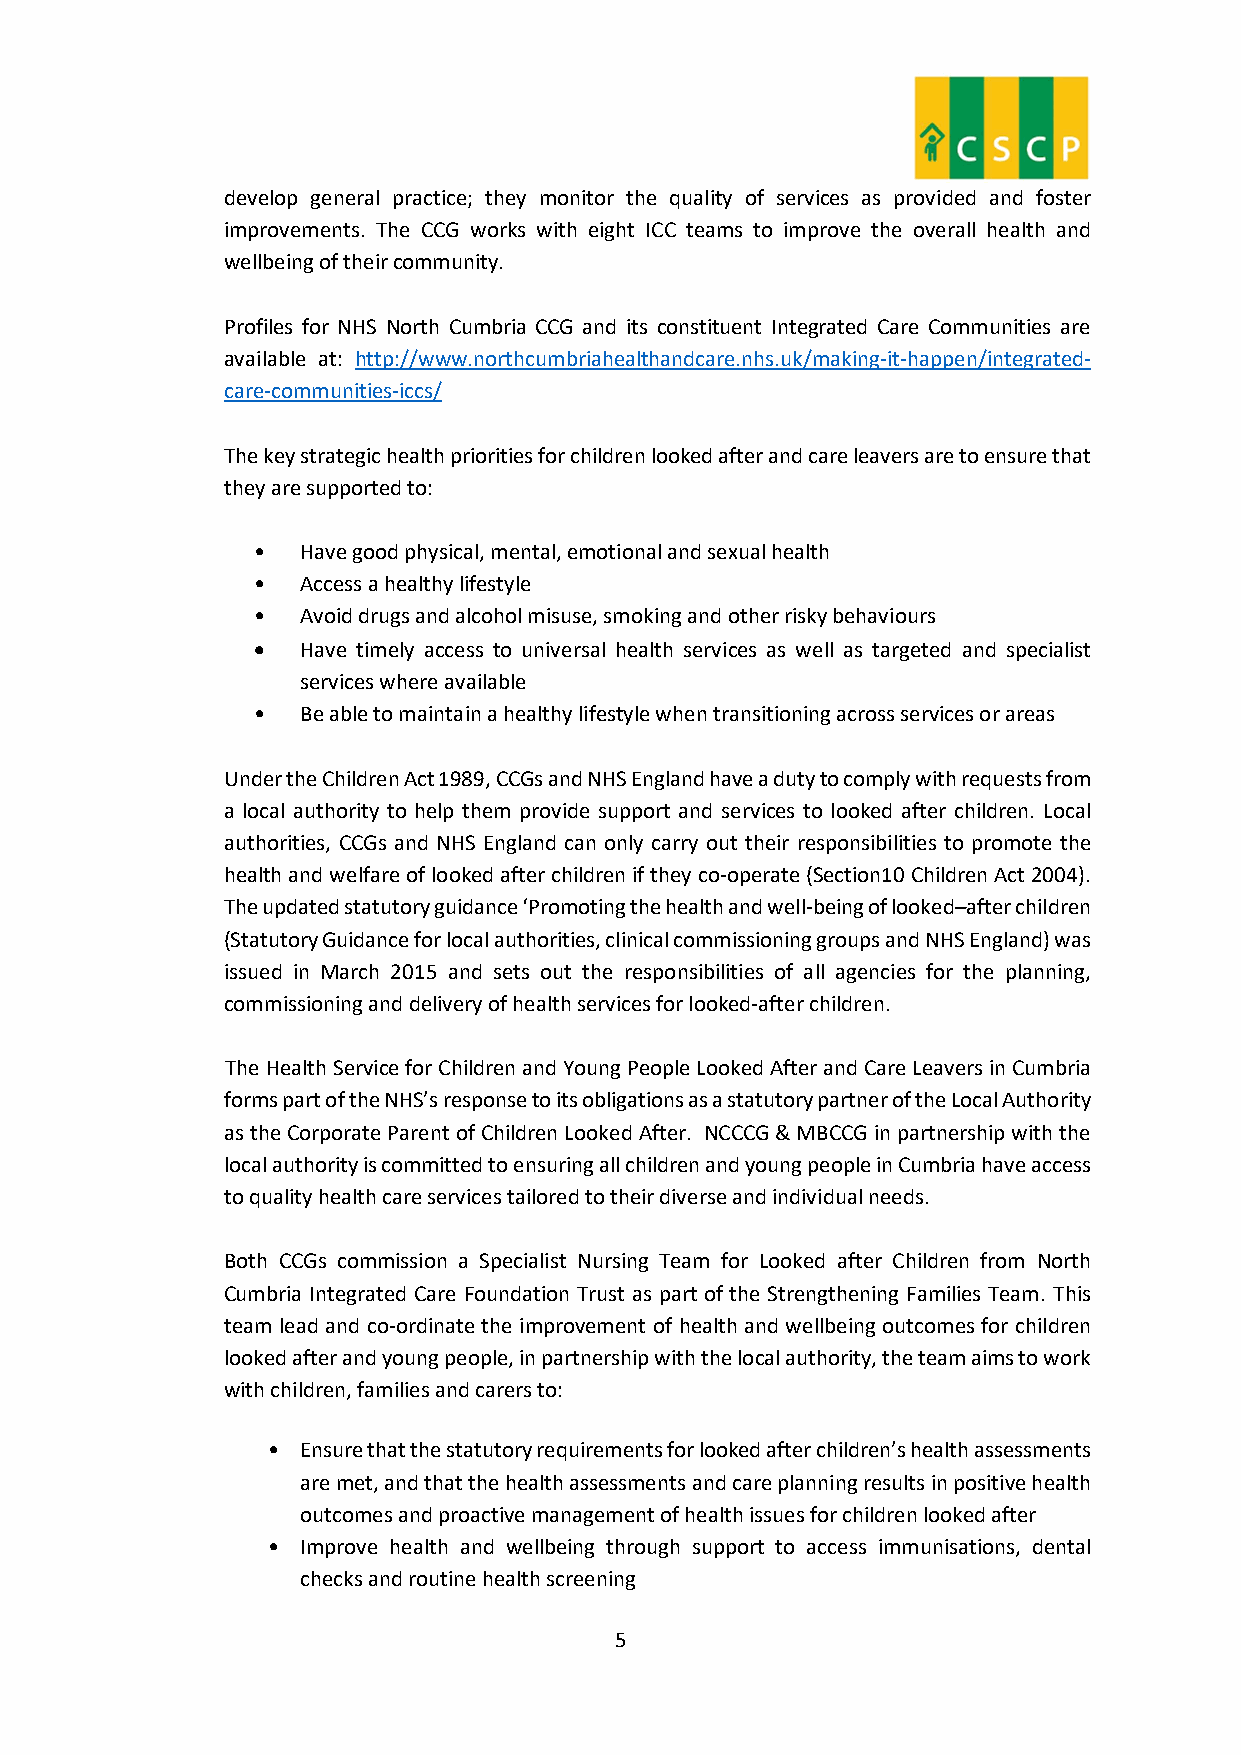
develop general practice; they monitor the quality of services as provided and foster
 improvements. The CCG works with eight ICC teams to improve the overall health and
 wellbeing of their community.
 Profiles for NHS North Cumbria CCG and its constituent Integrated Care Communities are
 available at: http://www.northcumbriahealthandcare.nhs.uk/making-it-happen/integrated-
 care-communities-iccs/
 The key strategic health priorities for children looked after and care leavers are to ensure that
 they are supported to:
 •  Have good physical, mental, emotional and sexual health
 •  Access a healthy lifestyle
 •  Avoid drugs and alcohol misuse, smoking and other risky behaviours
   Have timely access to universal health services as well as targeted and specialist
 services where available
 •  Be able to maintain a healthy lifestyle when transitioning across services or areas
 Under the Children Act 1989, CCGs and NHS England have a duty to comply with requests from
 a local authority to help them provide support and services to looked after children. Local
 authorities, CCGs and NHS England can only carry out their responsibilities to promote the
 health and welfare of looked after children if they co-operate (Section10 Children Act 2004).
 The updated statutory guidance ‘Promoting the health and well-being of looked–after children
 (Statutory Guidance for local authorities, clinical commissioning groups and NHS England) was
 issued in March 2015 and sets out the responsibilities of all agencies for the planning,
 commissioning and delivery of health services for looked-after children.
 The Health Service for Children and Young People Looked After and Care Leavers in Cumbria
 forms part of the NHS’s response to its obligations as a statutory partner of the Local Authority
 as the Corporate Parent of Children Looked After. NCCCG & MBCCG in partnership with the
 local authority is committed to ensuring all children and young people in Cumbria have access
 to quality health care services tailored to their diverse and individual needs.
 Both CCGs commission a Specialist Nursing Team for Looked after Children from North
 Cumbria Integrated Care Foundation Trust as part of the Strengthening Families Team. This
 team lead and co-ordinate the improvement of health and wellbeing outcomes for children
 looked after and young people, in partnership with the local authority, the team aims to work
 with children, families and carers to:
 • Ensure that the statutory requirements for looked after children’s health assessments
 are met, and that the health assessments and care planning results in positive health
 outcomes and proactive management of health issues for children looked after
 • Improve health and wellbeing through support to access immunisations, dental
 checks and routine health screening
 5